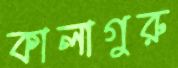
কালাগুরু